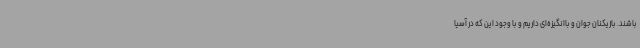
باشند. بازیکنان جوان و باانگیزه‌ای داریم و با وجود این که در آسیا